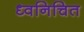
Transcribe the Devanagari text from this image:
ध्वनिचित